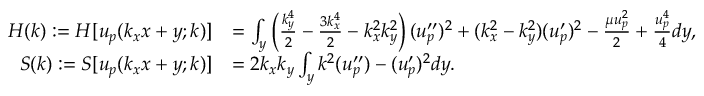
\begin{array} { r l } { H ( k ) : = H [ u _ { p } ( k _ { x } x + y ; k ) ] } & { = \int _ { y } \left( \frac { k _ { y } ^ { 4 } } { 2 } - \frac { 3 k _ { x } ^ { 4 } } { 2 } - k _ { x } ^ { 2 } k _ { y } ^ { 2 } \right) ( u _ { p } ^ { \prime \prime } ) ^ { 2 } + ( k _ { x } ^ { 2 } - k _ { y } ^ { 2 } ) ( u _ { p } ^ { \prime } ) ^ { 2 } - \frac { \mu u _ { p } ^ { 2 } } { 2 } + \frac { u _ { p } ^ { 4 } } { 4 } d y , } \\ { S ( k ) : = S [ u _ { p } ( k _ { x } x + y ; k ) ] } & { = 2 k _ { x } k _ { y } \int _ { y } k ^ { 2 } ( u _ { p } ^ { \prime \prime } ) - ( u _ { p } ^ { \prime } ) ^ { 2 } d y . } \end{array}